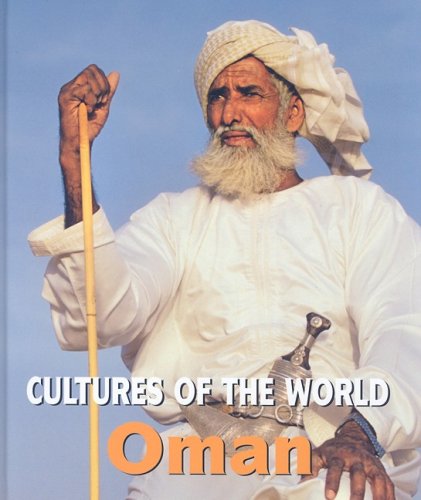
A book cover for Oman (Cultures of the World); David C. King; History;